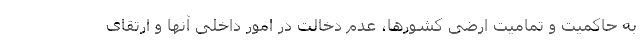
به حاکمیت و تمامیت ارضی کشورها، عدم دخالت در امور داخلی آنها و ارتقای